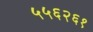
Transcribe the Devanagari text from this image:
५५६२६१